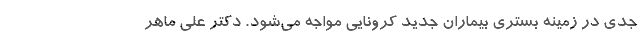
جدی در زمینه بستری بیماران جدید کرونایی مواجه می‌شود. دکتر علی ماهر